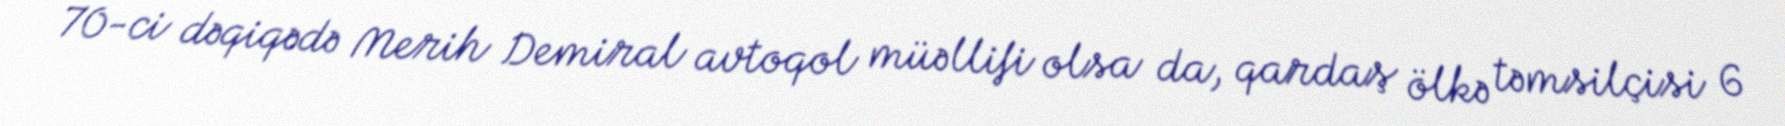
70-ci dəqiqədə Merih Demiral avtoqol müəllifi olsa da, qardaş ölkə təmsilçisi 6